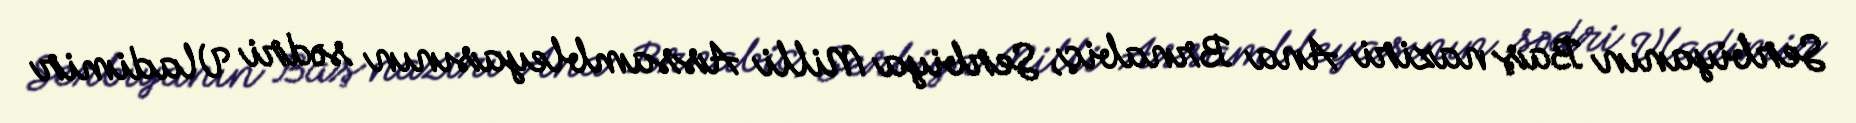
Serbiyanın Baş naziri Ana Brnabiç, Serbiya Milli Assambleyasının sədri Vladimir